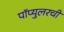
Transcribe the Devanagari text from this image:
पॉप्युलरची